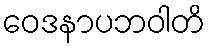
ဝေဒနာပဘဝါတိ